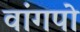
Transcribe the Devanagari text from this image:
वांगपो